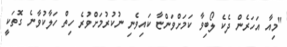
"މިއާ އަހަރެން ދެކެ ލޯބިވާ ކަމަށްވަންޏާ ކައިވެނި ނުކުރުމަށްވުރެ ހިތް ހަލާކުވާނެ ގޮތަކީ